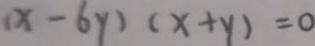
( x - 6 y ) ( x + y ) = 0